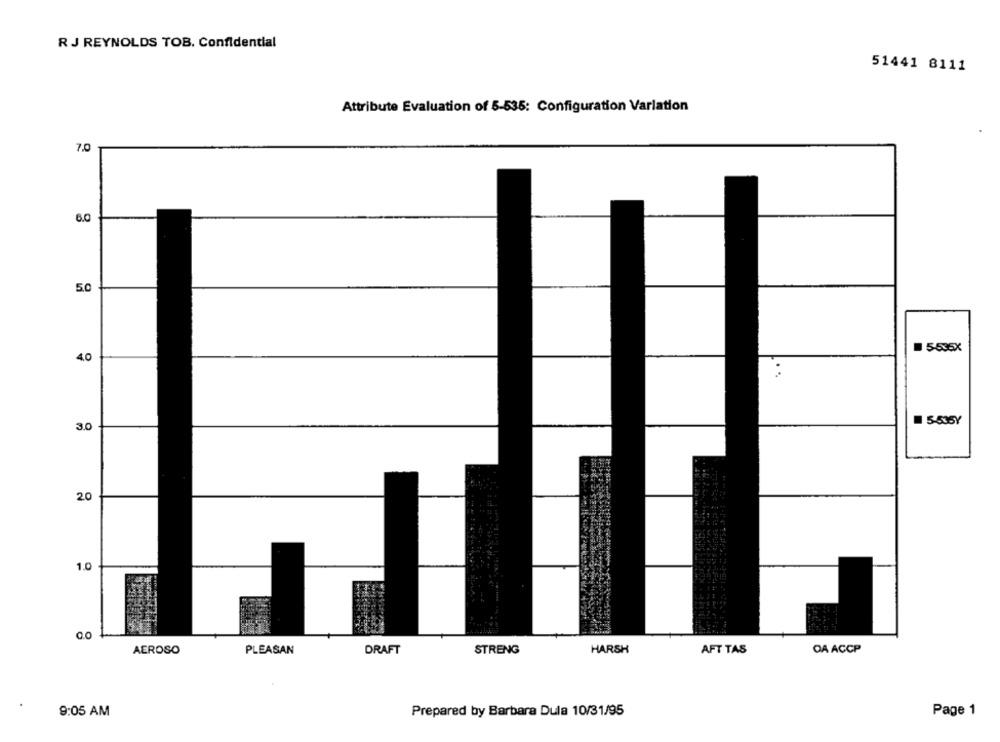
R J REYNOLDS TOB. Confidential
51441 8111
Attribute Evaluation of 5-535: Configuration Varlation
7.0
6.0
50
5535X
4.0
5-535Y
3.0
20
1.0
0.0
AEROSO
PLEASAN
DRAFT
STRENG
HARSH
AFT TAS
DA ACCP
9:05 AM
Prepared by Barbara Dula 10/31/95
Page 1